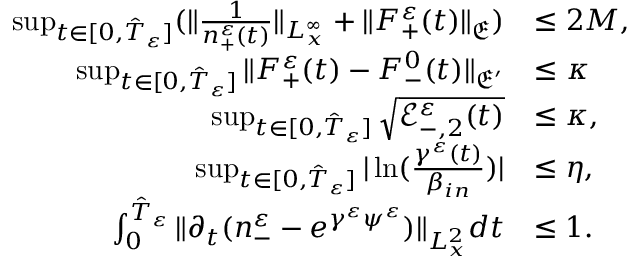
\begin{array} { r l } { \operatorname* { s u p } _ { t \in [ 0 , \hat { T } _ { \varepsilon } ] } ( \| \frac { 1 } { n _ { + } ^ { \varepsilon } ( t ) } \| _ { L _ { x } ^ { \infty } } + \| F _ { + } ^ { \varepsilon } ( t ) \| _ { \mathfrak E } ) } & { \leq 2 M , } \\ { \operatorname* { s u p } _ { t \in [ 0 , \hat { T } _ { \varepsilon } ] } \| F _ { + } ^ { \varepsilon } ( t ) - F _ { - } ^ { 0 } ( t ) \| _ { \mathfrak E ^ { \prime } } } & { \leq \kappa } \\ { \operatorname* { s u p } _ { t \in [ 0 , \hat { T } _ { \varepsilon } ] } \sqrt { { \mathscr E } _ { - , 2 } ^ { \varepsilon } ( t ) } } & { \leq \kappa , } \\ { \operatorname* { s u p } _ { t \in [ 0 , \hat { T } _ { \varepsilon } ] } | \ln ( \frac { \gamma ^ { \varepsilon } ( t ) } { \beta _ { i n } } ) | } & { \leq \eta , } \\ { \int _ { 0 } ^ { \hat { T } _ { \varepsilon } } \| \partial _ { t } ( n _ { - } ^ { \varepsilon } - e ^ { \gamma ^ { \varepsilon } \psi ^ { \varepsilon } } ) \| _ { L _ { x } ^ { 2 } } d t } & { \leq 1 . } \end{array}